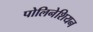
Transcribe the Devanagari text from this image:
पोलिनेशियन